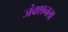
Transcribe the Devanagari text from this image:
जंक्शनला